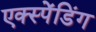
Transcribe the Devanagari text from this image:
एक्स्पेंडिंग